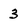
Character: 3